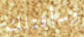
وسأقتلك